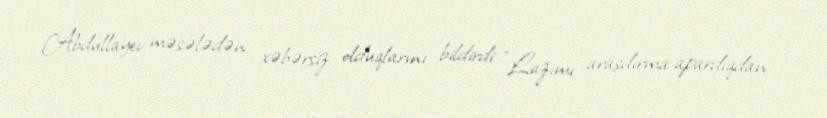
Abdullayev məsələdən xəbərsiz olduqlarını bildirdi: “Lazımı araşdırma apardıqdan